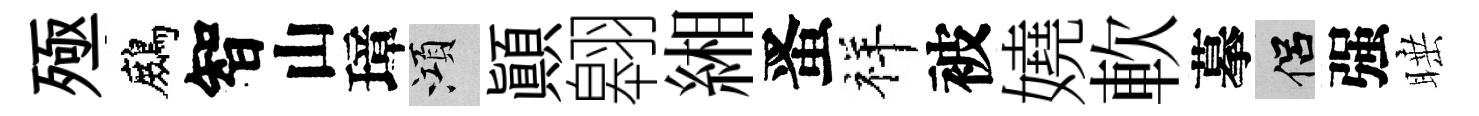
殛鷓智山璋澒顚翱緗󱉠祥被嬈軟摹侣强睡